Development of the Leishman-Donovan parasite in Cimex rotundatus - Number 31
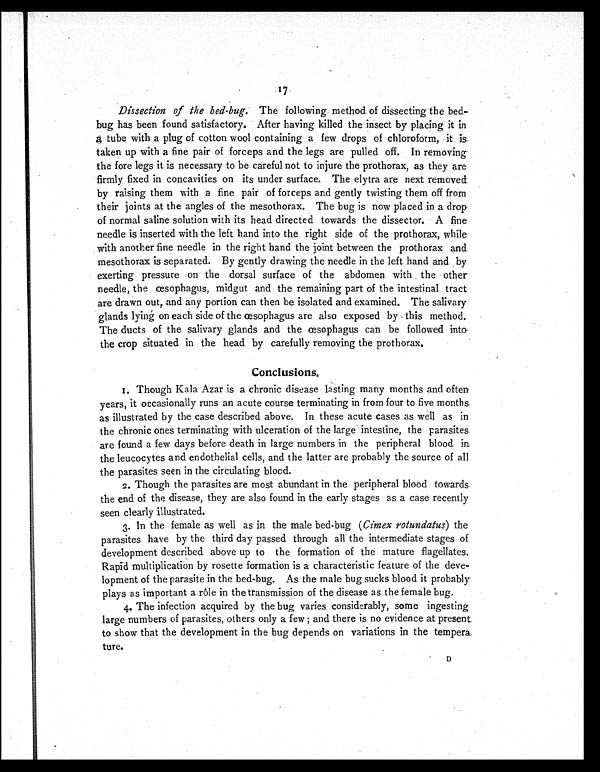
Dissection of the bed-bug. The following method of dissecting the bed-
bug has been found satisfactory. After having killed the insect by placing it in
a tube with a plug of cotton wool containing a few drops of chloroform, it is
taken up with a fine pair of forceps and the legs are pulled off. In removing
the fore legs it is necessary to be careful not to injure the prothorax, as they are
firmly fixed in concavities on its under surface. The elytra are next removed
by raising them with a fine pair of forceps and gently twisting them off from
their joints at the angles of the mesothorax. The bug is now placed in a drop
of normal saline solution with its head directed towards the dissector. A fine
needle is inserted with the left hand into the right side of the prothorax, while
with another fine needle in the right hand the joint between the prothorax and
mesothorax is separated. By gently drawing the needle in the left hand and by
exerting pressure on the dorsal surface of the abdomen with the other
needle, the œsophagus, midgut and the remaining part of the intestinal tract
are drawn out, and any portion can then be isolated and examined. The salivary
glands lying on each side of the œsophagus are also exposed by this method.
The ducts of the salivary glands and the œsophagus can be followed into
the crop situated in the head by carefully removing the prothorax.
Conclusions.
1. Though Kala Azar is a chronic disease lasting many months and often
years, it occasionally runs an acute course terminating in from four to five months
as illustrated by the case described above. In these acute cases as well as in
the chronic ones terminating with ulceration of the large intestine, the parasites
are found a few days before death in large numbers in the peripheral blood in
the leucocytes and endothelial cells, and the latter are probably the source of all
the parasites seen in the circulating blood.
2. Though the parasites are most abundant in the peripheral blood towards
the end of the disease, they are also found in the early stages as a case recently
seen clearly illustrated.
3. In the female as well as in the male bed-bug (Cimex rotundatus) the
parasites have by the third day passed through all the intermediate stages of
development described above up to the formation of the mature flagellates.
Rapid multiplication by rosette formation is a characteristic feature of the deve-
lopment of the parasite in the bed-bug. As the male bug sucks blood it probably
plays as important a rôle in the transmission of the disease as the female bug.
4. The infection acquired by the bug varies considerably, some ingesting
large numbers of parasites, others only a few; and there is no evidence at present
to show that the development in the bug depends on variations in the tempera
ture.